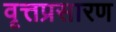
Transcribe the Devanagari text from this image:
वृत्तप्रसारण